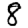
Digit: 8